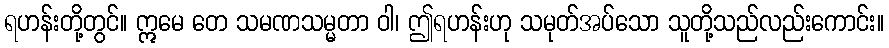
ရဟန်းတို့တွင်။ ဣမေ တေ သမဏသမ္မတာ ဝါ၊ ဤရဟန်းဟု သမုတ်အပ်သော သူတို့သည်လည်းကောင်း။